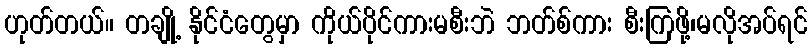
ဟုတ်တယ်။ တချို့ နိုင်ငံတွေမှာ ကိုယ်ပိုင်ကားမစီးဘဲ ဘတ်စ်ကား စီးကြဖို့၊မလိုအပ်ရင်